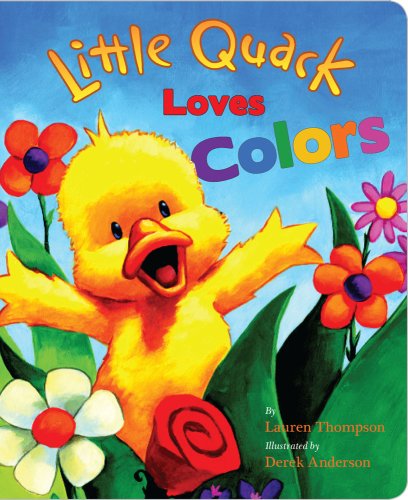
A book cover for Little Quack Loves Colors (Super Chubbies); Lauren Thompson; Children's Books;